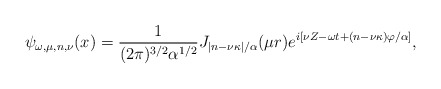
\begin{align*}\psi_{\omega,\mu,n,\nu}(x)=\frac{1}{(2\pi)^{3/2}\alpha ^{1/2}}J_{|n-\nu\kappa|/\alpha}(\mu r)e^{i[\nu Z- \omega t+(n-\nu\kappa)\varphi/\alpha]},\end{align*}